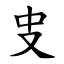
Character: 㕜